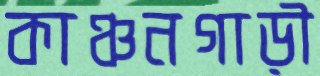
কাঞ্চনগাড়ী